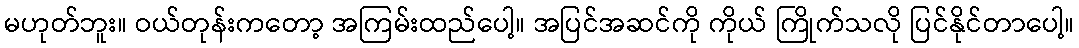
မဟုတ်ဘူး။ ဝယ်တုန်းကတော့ အကြမ်းထည်ပေါ့။ အပြင်အဆင်ကို ကိုယ် ကြိုက်သလို ပြင်နိုင်တာပေါ့။